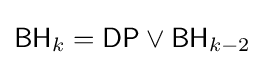
{\mathsf {BH}}_{k}={\mathsf {DP}}\vee {\mathsf {BH}}_{k-2}